Alphabetical list of drugs, medicines and other preparations free from, and containing, spirit compiled from the results of tests made by the customs houses at Calcutta, Bombay, and Madras
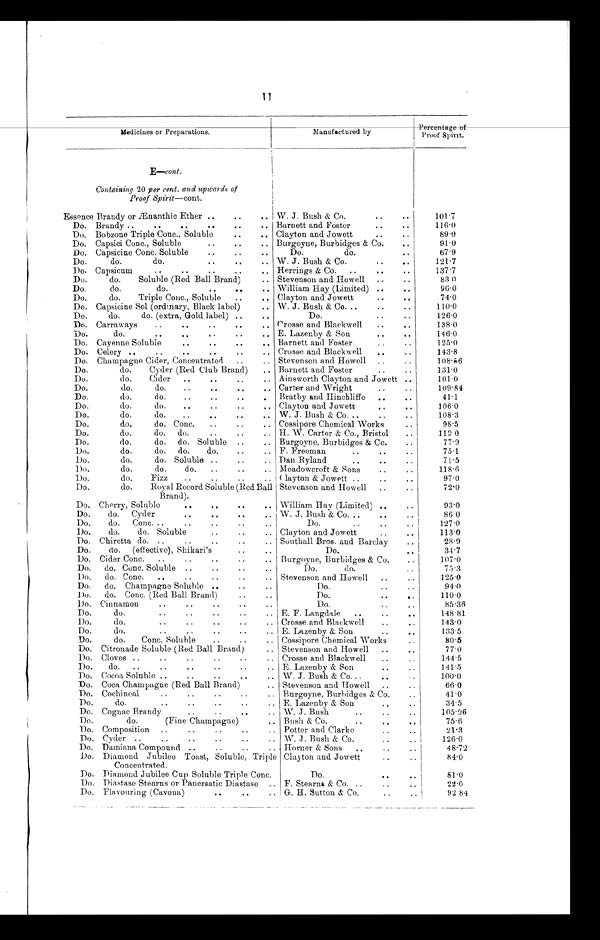
11
Medicines or Preparations.
Manufactured by
P e r c e n t a g e o f P r o o f S p i r i t .
E—cont.
Containing 20 per cent. and upwards of
Proof Spirit—cont.
Essence Brandy or .Ænanthic Ether ..
..
.. W. J. Bush & Co.
. . ..
101.7
Do. Brandy ..
..
..
..
. . ..
Barnett and Foster
..
..
116.0
Do. Bobzone Triple Conc., Soluble
..
.. Clayton and Jowett
..
..
89.0
Do. Capsici Conc., Soluble
..
..
.. Burgoyne, Burbidges & Co.
..
91.0
Do. Capsicine Conc. Soluble
..
..
..
Do.
do.
..
67.9
Do.
do.
do.
. . .. ..
W. J. Bush & Co.
..
..
121.7
Do. Capsicum
..
. . .. .. ..
Herrings & Co. ..
..
137.7
Do.
do.
Soluble (Red Ball Brand)
.. Stevenson and Howell ..
..
83 0
Do.
do.
do.
..
.. .. William Hay (Limited) ..
..
96.0
Do.
do.
Triple Conc., Soluble
..
.. Clayton and Jowett
..
..
74.0
Do. Capsicine Sol (ordinary, Black label)
.. W. J. Bush & Co. ..
..
..
110.0
Do.
do.
do. (extra, Gold label) ..
..
Do.
..
..
126.0
Do. Carraways
..
. . .. .. ..
Crosse and Blackwell
..
..
138.0
Do.
do.
..
..
..
.. E. Lazenby & Son
..
..
1 4 6 . 0
Do. Cayenne Soluble
..
..
..
. , Barnett and Foster
..
..
125.0
Do. Celery ..
..
..
..
..
.. Crosse and Blackwell
..
..
143.8
Do. Champagne Cider, Concentrated ..
.. Stevenson and Howell ..
..
108.56
Do.
do.
Cyder (Red Club Brand)
.. Barnett and Foster
..
..
131.0
Do.
do.
Cider ..
..
..
. . Ainsworth Clayton and Jowett ..
101.0
Do.
do.
do.
..
..
..
.. Carter and Wright
..
..
109.84
Do.
do.
do.
..
..
. . .
Bratby and Hinchliffe ..
..
41.1
Do.
do.
do.
..
.. Clayton and Jowett
..
. .
106.0
Do.
do.
do.
..
..
..
.. W. J. Bush & Co. ..
..
108.3
Do.
do.
do. Conc.
..
.. Cossipore Chemical Works
..
98.5
Do.
do.
do. do.
..
..
.. H. W. Carter & Co., Bristol
..
113.0
Do.
do.
do. do. Soluble ..
.. Burgoyne, Burbidges & Co.
..
77.9
Do.
do.
do. do.
do.
..
.. F. Freeman
..
..
.
75.1
Do.
do.
do. Soluble ..
..
.. Dan Ryland
..
..
..
71.5
Do. d o .
d o .
d o .
. .
. .
. . Meadowcroft & Sons
..
..
118.6
Do.
do.
Fizz
..
..
..
.. Clayton & Jowett ..
..
..
97.0
Do.
do.
Royal Record Soluble (Red Ball
Brand).
Stevenson and Howell
..
72.0
Do. Cherry, Soluble
..
. .
. .
. . William Hay (Limited) ..
..
93.0
Do.
do. Cyder
. .
. .
.. ..
W. J. Bush & Co. ..
..
..
86.0
Do.
do. Conc. ..
..
..
Do.
..
..
127.0
Do.
do.
do. Soluble
..
..
.. Clayton and Jowett
..
..
113.0
Do. Chiretta do. ..
..
..
..
.. Southall Bros. and Barclay
28.9
Do.
do. (effective), Shikari's
..
..
Do.
. .
34.7
Do. Cider Conc. ..
..
..
..
.. Burgoyne, Burbidges & Co.
107.0
Do. do. Conc. Soluble ..
..
..
..
Do.
do.
..
75.3
D
o.
do. Conc. ..
..
..
..
.. Stevenson and Howell ..
..
125.0
Do. do. Champagne Soluble ..
..
..
Do.
..
..
94.0
D
o.
do. Conc. (Red Ball Brand)
..
..
Do.
..
. .
110.0
Do. Cinnamon
..
..
..
..
..
Do.
..
..
85.36
Do.
do.
..
..
..
.. E. F. Langdale ..
..
..
148.81
Do.
do.
. .
. .
. .
. . Crosse and Blackwell
..
..
143.0
Do.
do.
..
..
..
..
.. E. Lazenby & Son
..
..
133.5
Do.
do.
Conc. Soluble
..
..
.. Cossipore Chemical Works
..
80.5
Do. Citronade Soluble (Red Ball Brand)
.. Stevenson and Howell
..
..
77.0
Do. Cloves ..
..
..
..
..
.. Crosse and Blackwell
„
..
144.5
Do.
do. ..
..
..
..
..
.. E. Lazenby & Son
..
111.5
Do. Cocoa Soluble ..
..
..
.. W. J. Bush & Co...
..
100.0
Do. Coca Champagne (Red Ball Brand)
.. Stevenson and Howell ..
..
66.0
Do. Cochineal
..
..
..
.. Burgoyne, Burbidges & Co.
..
41.0
Do.
do.
..
..
..
..
.. E. Lazenby & Son
..
..
34.5
Do. Cognac Brandy
..
..
..
.. W. J. Bush
..
..
105.96
Do.
do.
(Fine Champagne)
.. Bush & Co.
..
..
..
75.6
Do. Composition ..
..
..
..
.. Potter and Clarke
..
21.3
Do. Cyder ..
..
..
..
..
.. W. J. Bush & Co.
..
126.0
Do. Damiana Compound ..
..
..
.. Horner & Sons ..
..
..
48.72
Do. Diamond Jubilee Toast, Soluble, Triple
Concentrated.
Clayton and Jowett
. .
. .
84.0
Do. Diamond Jubilee Cup Soluble Triple Conc.
Do.
..
. .
81.0
Do. Diastase Stearns or Panersatic Diastase .. F. Stearns & Co. ..
..
..
22.0
Do. Flavouring (Cavona)
..
..
.. G. H. Sutton & Co.
..
..
92 84